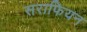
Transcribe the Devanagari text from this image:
सराफियन